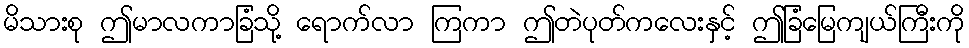
မိသားစု ဤမာလကာခြံသို့ ရောက်လာ ကြကာ ဤတဲပုတ်ကလေးနှင့် ဤခြံမြေကျယ်ကြီးကို